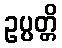
ဥပ္ပတ္တိ